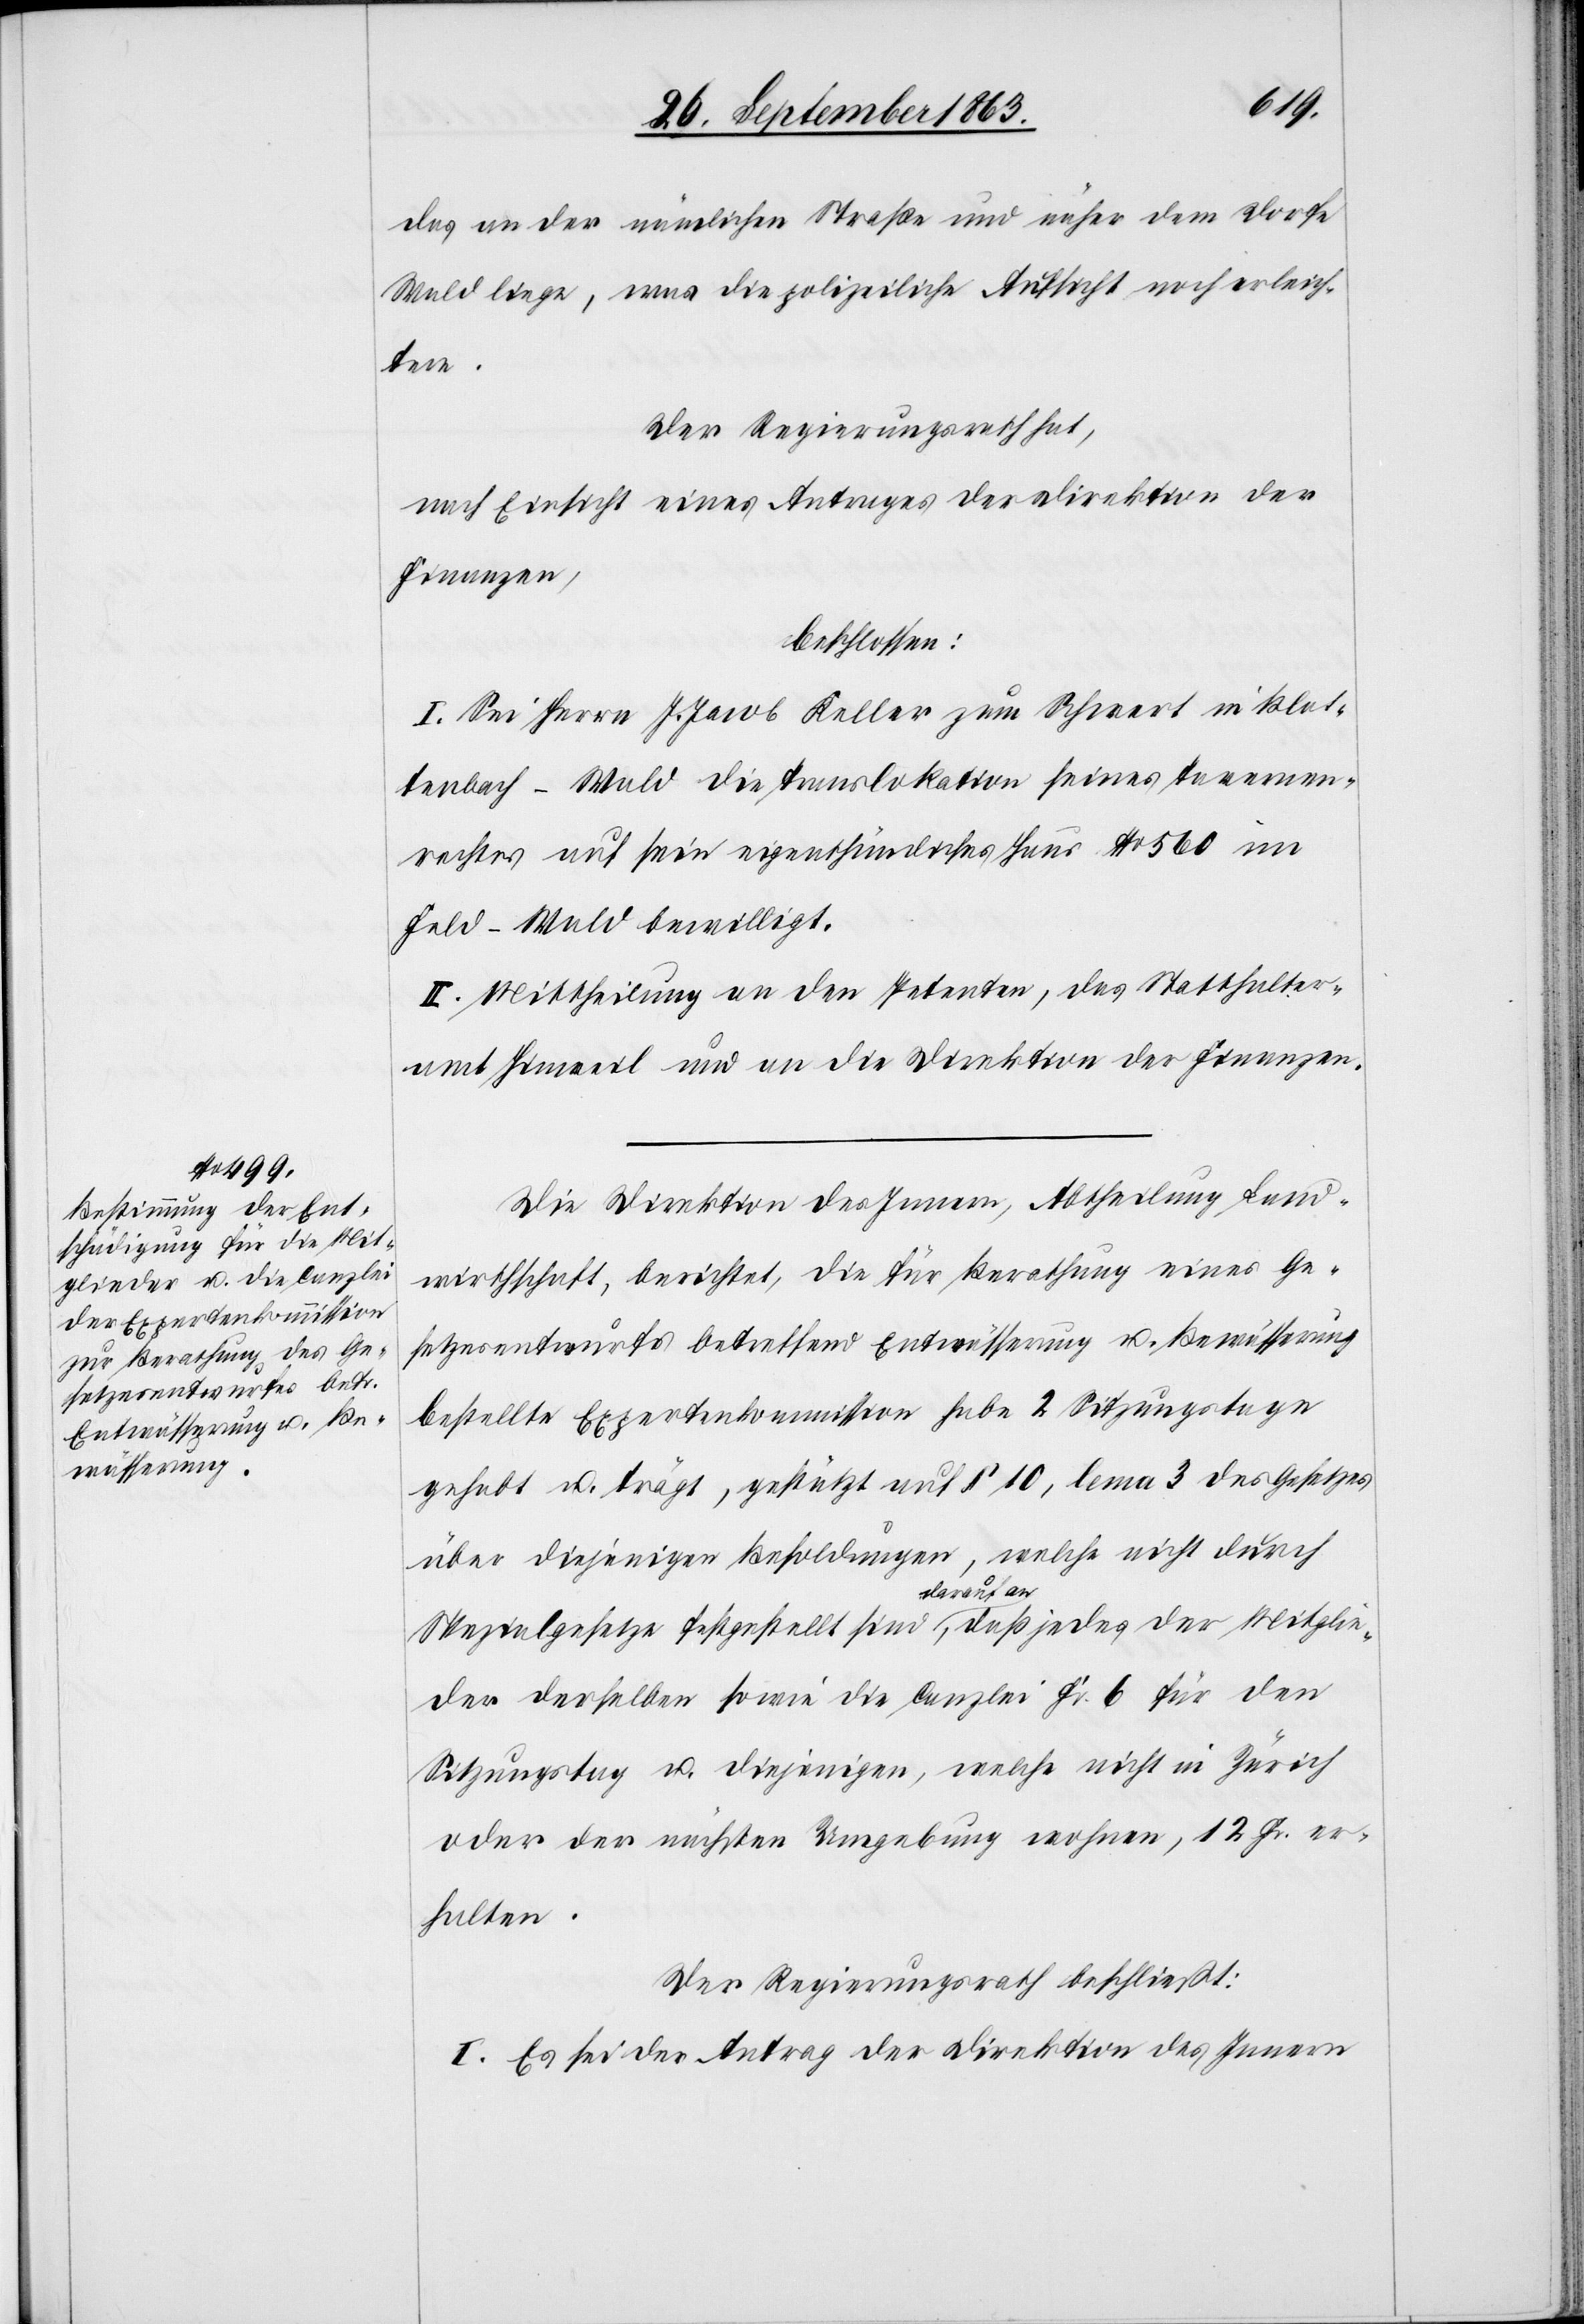
das an der nämlichen Straße und näher dem Dorfe
Wald liege, was die polizeiliche Aufsicht noch erleich¬
tere.
Der Regierungsrath hat,
nach Einsicht eines Antrages der Direktion der
Finanzen,
beschlossen:
I. Sei Herrn J. Jacob Keller zum Schwert in Blat¬
tenbach-Wald die Translokation seines Tavernen¬
rechtes auf sein eigenthümliches Haus No 560 im
Feld-Wald bewilligt.
II. Mittheilung an den Petenten, das Statthalter¬
amt Hinweil und an die Direktion der Finanzen.
Die Direktion des Innern, Abtheilung Land¬
wirthschaft, berichtet, die für Berathung eines Ge¬
setzesentwurfs betreffend Entwässerung u. Bewässerung
bestellte Expertenkommission habe 2 Sitzungstage
gehabt u. trägt, gestützt auf § 10, lema 3 des Gesetzes
über diejenigen Besoldungen, welche nicht durch
Spezialgesetze festgestellt sind darauf an, daß jedes der Mitglie¬
der derselben sowie die Canzlei Fr. 6 für den
Sitzungstag u. diejenigen, welche nicht in Zürich
oder der nächsten Umgebung wohnen, 12 Fr. er¬
halten.
Der Regierungsrath beschließt:
I. Es sei der Antrag der Direktion des Innern